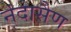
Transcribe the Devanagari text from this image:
नंदासैण